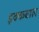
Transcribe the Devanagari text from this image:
इक्कबाल